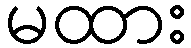
မထား